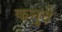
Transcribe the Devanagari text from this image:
कनुटे